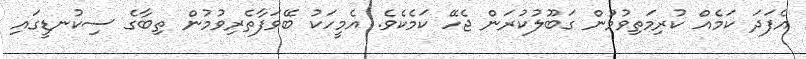
އެފަދަ ކަމެއް ކުރިމަތިވުމުން ގަބޫލުކުރަން ޖެހޭ ކަމެކެވެ. އެމީހަކު ބޭވަފާތެރިވުމުން ތިބާގެ ސިކުނޑީގައި